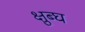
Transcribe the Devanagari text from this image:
क्षुब्घ